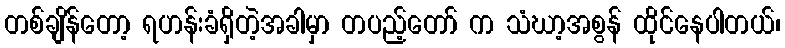
တစ်ချိန်တော့ ရဟန်းခံရှိတဲ့အခါမှာ တပည့်တော် က သံဃာ့အစွန် ထိုင်နေပါတယ်၊